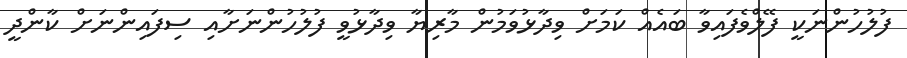
ފުލުހުންނަކީ ފޭލްވެފައިވާ ބައެއް ކަމަށް ވިދާޅުވަމުން މާރިޔާ ވިދާޅުވީ ފުލުހުންނަށާއި ސިފައިންނަށް ކާންދީ